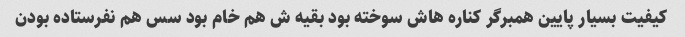
کیفیت بسیار پایین همبرگر کناره هاش سوخته بود بقیه ش هم خام بود سس هم نفرستاده بودن